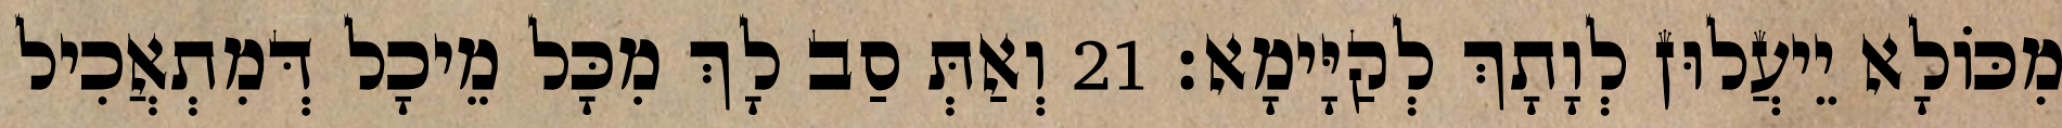
מִכּוֹלָא יֵיעֲלוּן לְוָתָךְ לְקַיָּימָא׃ 21 וְאַתְּ סַב לָךְ מִכָּל מֵיכָל דְּמִתְאֲכִיל